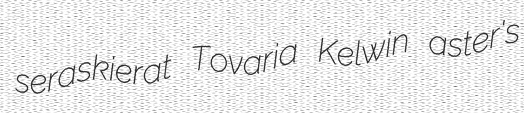
seraskierat Tovaria Kelwin aster's